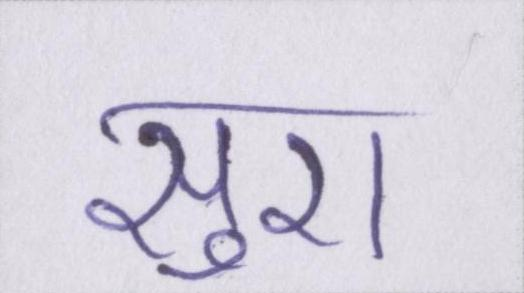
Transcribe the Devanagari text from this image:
सुरा